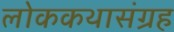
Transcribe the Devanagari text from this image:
लोककथासंग्रह